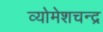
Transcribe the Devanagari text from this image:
व्योमेशचन्द्र